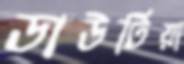
ডাউটিয়া